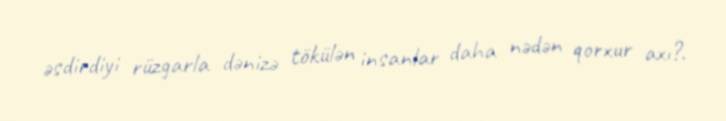
əsdirdiyi rüzgarla dənizə tökülən insanlar daha nədən qorxur axı?.